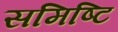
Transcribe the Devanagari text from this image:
समिष्टि